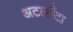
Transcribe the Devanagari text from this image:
अटलाँटा